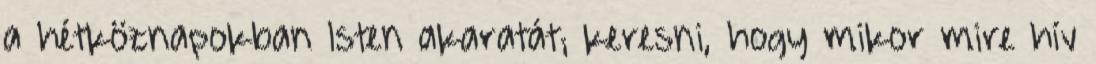
a hétköznapokban Isten akaratát; keresni, hogy mikor mire hív